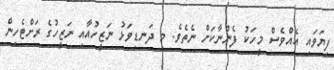
ފިޔަވައި އެއްވެސް މީހަކު ފެންނާކަށް ނެތެވެ. މި ދަނޑިވަޅު ނަޒީހުއާއި ނަޒީހުގެ ރަށްޓެހިން